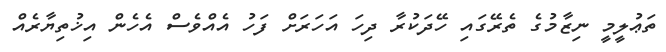
ތަޢުލީމީ ނިޒާމުގެ ތެރޭގައި ހޭދަކުރާ ދިހަ އަހަރަށް ފަހު އެއްވެސް އެހެން އިޚުތިޔާރެއް